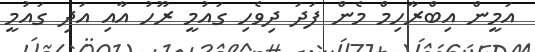
އަމީން އިބްރާހިމް މެން ފަދަ ދިވެހި ގައުމީ ރޫހު އާއި އަދި ގައުމީ